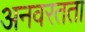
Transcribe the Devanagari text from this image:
अनवरतता